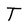
Character: T